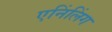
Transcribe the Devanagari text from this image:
एनिंलिंग